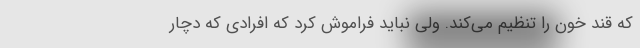
که قند خون را تنظیم می‌کند. ولی نباید فراموش کرد که افرادی که دچار